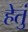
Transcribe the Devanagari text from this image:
हेतुं